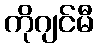
ကိုဂျင်မီ